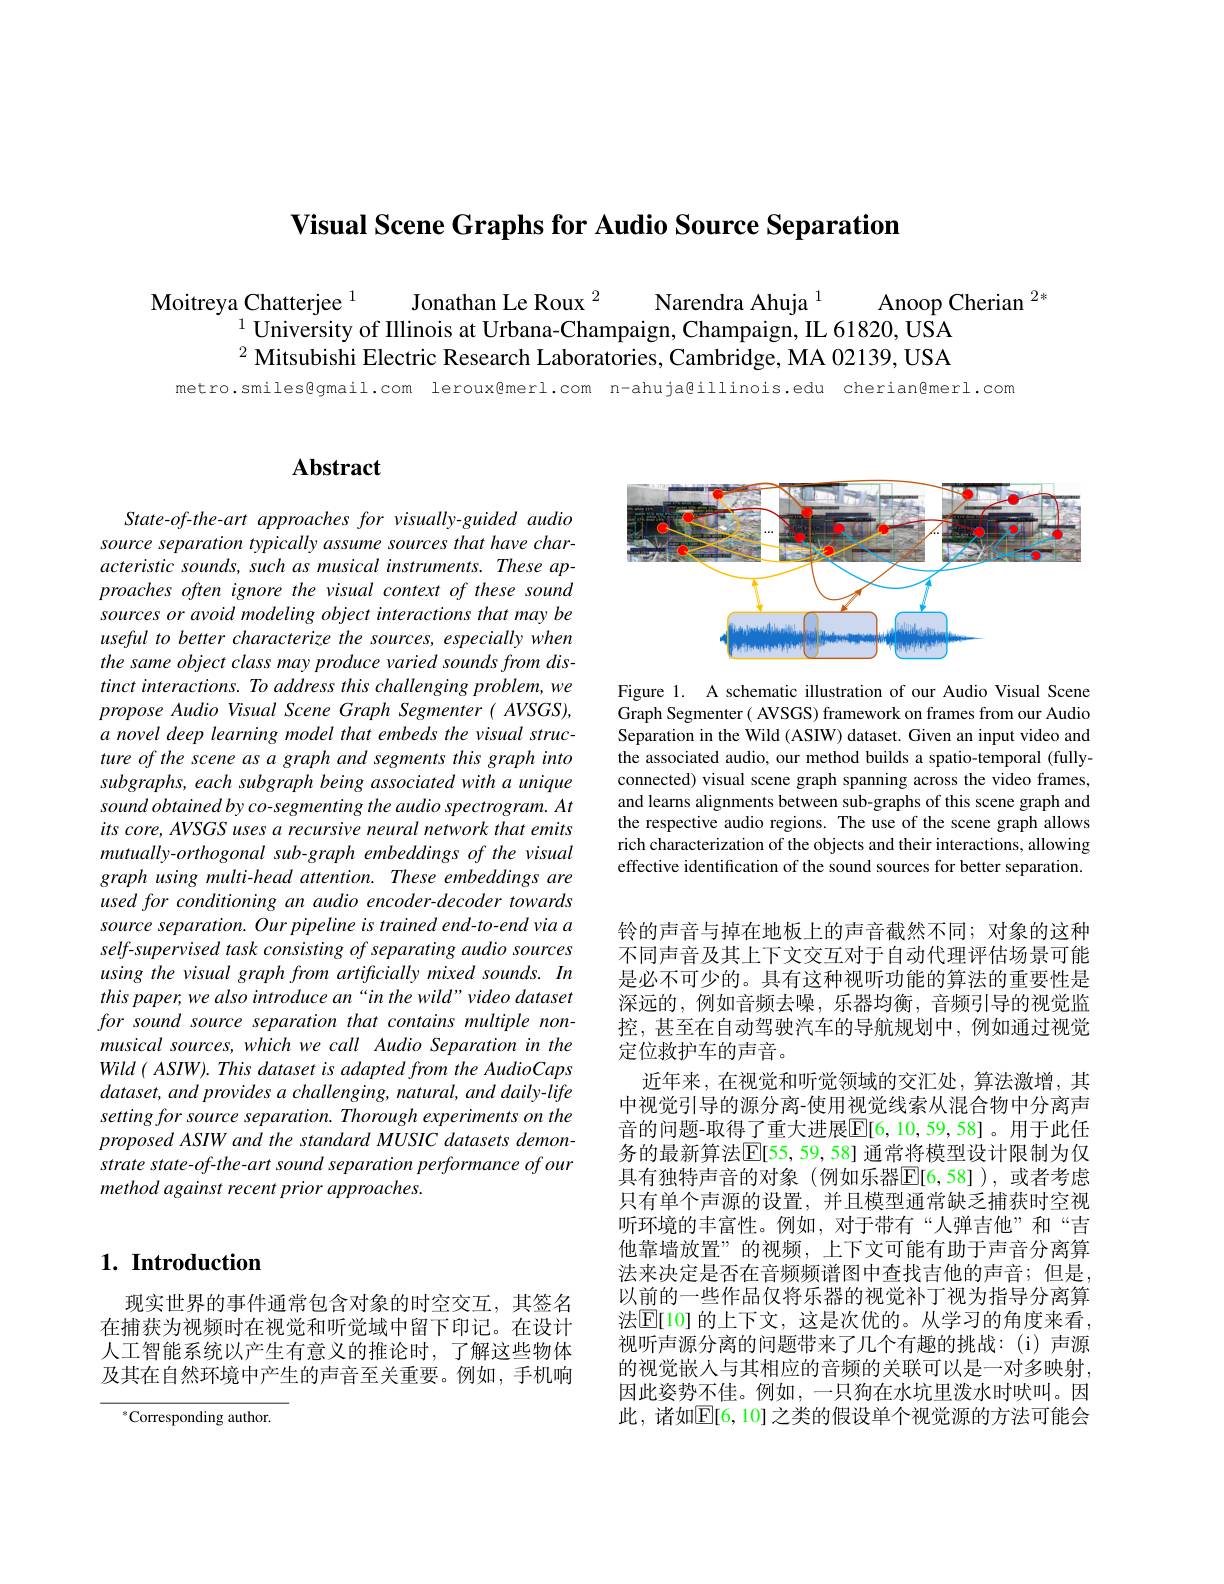
Visual Scene Graphs for Audio Source Separation

$\begin{array}{c}{\text{Moitreya Chatterjee }^{1}}&{\text{Jonathan Le Roux }^{2}}&{\text{Narendra Ahuja }^{1}}&{\text{Anoop Cherian }^{2*}}\\{\text{University of Illinois at Urbana-Champaign, Champaign, IL 61820, USA}}\end{array}$
$^{2}\ddot{\text{MitsubishiElectricResearchLaboratories,Cambridge,MA 02139,USA}}$

metro.smiles@qmail.com leroux@merl.com n-ahuja@illinois.edu cherian@merl.com

## $\mathbf{Abstract}$

State-of-the-art approaches for visually-guided audio source separation typically assume sources that have characteristic sounds, such as musical instruments. These approaches often ignore the visual context of these sound sources or avoid modeling object interactions that may be useful to better characterize the sources, especially when the same object class may produce varied sounds from distinct interactions. To address this challenging problem, we propose Audio Visual Scene Graph Segmenter( AVSGS), a novel deep learning model that embeds the visual structure of the scene as a graph and segments this graph into subgraphs, each subgraph being associated with a unique sound obtained by co-segmenting the audio spectrogram. At its core, AVSGS uses a recursive neural network that emits mutually-orthogonal sub-graph embeddings of the visual graph using multi-head attention. These embeddings are used for conditioning an audio encoder-decoder towards source separation. Our pipeline is trained end-to-end via a self-supervised task consisting of separating audio sources using the visual graph from artificially mixed sounds. In this paper, we also introduce an “in the wild”video dataset for sound source separation that contains multiple nonmusical sources, which we call Audio Separation in the $Wild( ASIW) . This\textit{ dataset is adapted from the AudioCaps}$ dataset, and provides a challenging, natural, and daily- life setting for source separation. Thorough experiments on the proposed ASIW and the standard MUSIC datasets demonstrate state-of-the-art sound separation performance of our method against recent prior approaches.

## $1. \textbf{Introduction}$

现实世界的事件通常包含对象的时空交互，其签名在捕获为视频时在视觉和听觉域中留下印记。在设计人工智能系统以产生有意义的推论时，了解这些物体及其在自然环境中产生的声音至关重要。例如，手机响

$^{*}$Corresponding author.

<FigureHere>

Figure 1. A schematic illustration of our Audio Visual Scene Graph Segmenter( AVSGS) framework on frames from our Audio Separation in the Wild (ASIW) dataset. Given an input video and the associated audio, our method builds a spatio-temporal (fullyconnected) visual scene graph spanning across the video frames, and learns alignments between sub-graphs of this scene graph and the respective audio regions. The use of the scene graph allows rich characterization of the objects and their interactions, allowing effective identification of the sound sources for better separation.

铃的声音与掉在地板上的声音截然不同；对象的这种不同声音及其上下文交互对于自动代理评估场景可能是必不可少的。具有这种视听功能的算法的重要性是深远的，例如音频去噪，乐器均衡，音频引导的视觉监控，甚至在自动驾驶汽车的导航规划中，例如通过视觉定位救护车的声音。
近年来，在视觉和听觉领域的交汇处，算法激增，其中视觉引导的源分离-使用视觉线索从混合物中分离声音的问题-取得了重大进展$\overline{\mathbb{E}}[6,10,59,58]$。用于此任务的最新算法$\mathbb{E}[55,59,58]$ 通常将模型设计限制为仅具有独特声音的对象(例如乐器$\mathbb{E}[6,58])$,或者考虑只有单个声源的设置，并且模型通常缺乏捕获时空视听环境的丰富性。例如，对于带有“人弹吉他”和“吉他靠墙放置”的视频，上下文可能有助于声音分离算法来决定是否在音频频谱图中查找吉他的声音；但是， 以前的一些作品仅将乐器的视觉补丁视为指导分离算法$\mathbb{E}[$10]的上下文，这是次优的。从学习的角度来看， 视听声源分离的问题带来了几个有趣的挑战：(i)声源的视觉嵌人与其相应的音频的关联可以是一对多映射， 因此姿势不佳。例如，一只狗在水坑里泼水时吠叫。因此，诸如$\mathbb{E}[6,10]$之类的假设单个视觉源的方法可能会